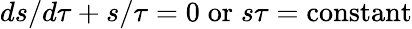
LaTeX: {ds/d\tau+s/\tau=0\; \mathrm{or}\; s\tau=\mathrm{constant}}